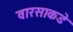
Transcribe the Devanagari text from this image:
वारसाकडे